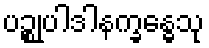
ပဉ္စုပါဒါနက္ခန္ဓေသု